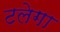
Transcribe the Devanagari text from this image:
टलेगा